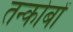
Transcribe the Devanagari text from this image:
तन्कोबों